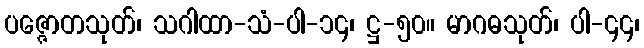
ပဇ္ဇောတသုတ်၊ သဂါထာ-သံ-ပါ-၁၄၊ ဋ္ဌ-၅၀။ မာဂဓသုတ်၊ ပါ-၄၄၊